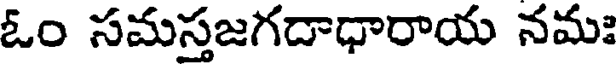
ఓం సమస్తజగదాధారాయ నమః